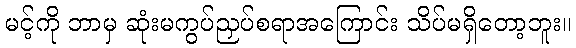
မင့်ကို ဘာမှ ဆုံးမကွပ်ညှပ်စရာအကြောင်း သိပ်မရှိတော့ဘူး။